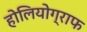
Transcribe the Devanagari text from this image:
होलियोग्राफ